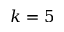
k = 5